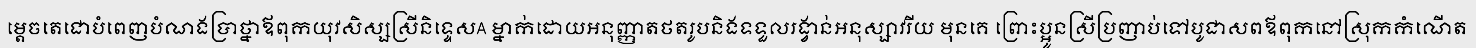
ម្តេចតេជោបំពេញបំណងប្រាថ្នាឪពុកយុវសិស្សស្រីនិទ្ទេសA ម្នាក់ដោយអនុញ្ញាតថតរូបនិងទទួលរង្វាន់អនុស្សាវរីយ មុនគេ ព្រោះប្អូនស្រីប្រញាប់ទៅបូជាសពឪពុកនៅស្រុកកំណើត